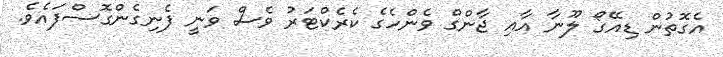
އެގޮތުން ޑިއޭގޯ ލޫނާ އާއި ޖާންގް ވެންހެގެ ކެރެކްޓަރު ވެސް ވަނީ ފެނިގެންގޮސްފައެވެ.